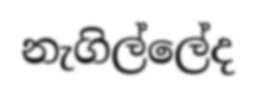
නැගිල්ලේද